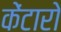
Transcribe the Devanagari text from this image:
केंटारो